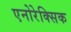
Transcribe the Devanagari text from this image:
एनोरेक्सिक